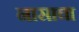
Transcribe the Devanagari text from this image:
नासाचा